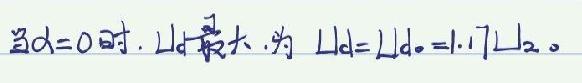
当$d = 0$时，$\Delta L_d$最大，为$\Delta L_d=\Delta L_{d = 0}=1.17\Delta L_2$。